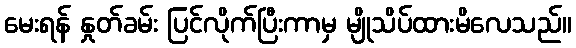
မေးရန် နှုတ်ခမ်း ပြင်လိုက်ပြီးကာမှ မျိုသိပ်ထားမိလေသည်။